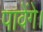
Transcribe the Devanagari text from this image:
पावेंगे।